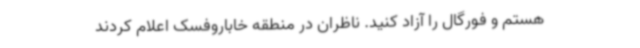
هستم و فورگال را آزاد کنید. ناظران در منطقه خاباروفسک اعلام کردند